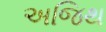
અજિથ